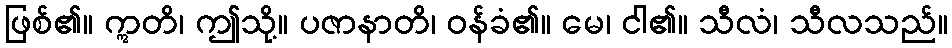
ဖြစ်၏။ ဣတိ၊ ဤသို့။ ပဇာနာတိ၊ ဝန်ခံ၏။ မေ၊ ငါ၏။ သီလံ၊ သီလသည်။